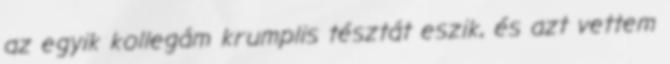
az egyik kollegám krumplis tésztát eszik, és azt vettem